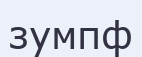
зумпф